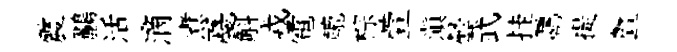
震鸝活滴煮戞斛戎電轆棕萱滇曇武挂覊提曁